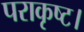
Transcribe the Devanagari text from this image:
पराकृष्ट।